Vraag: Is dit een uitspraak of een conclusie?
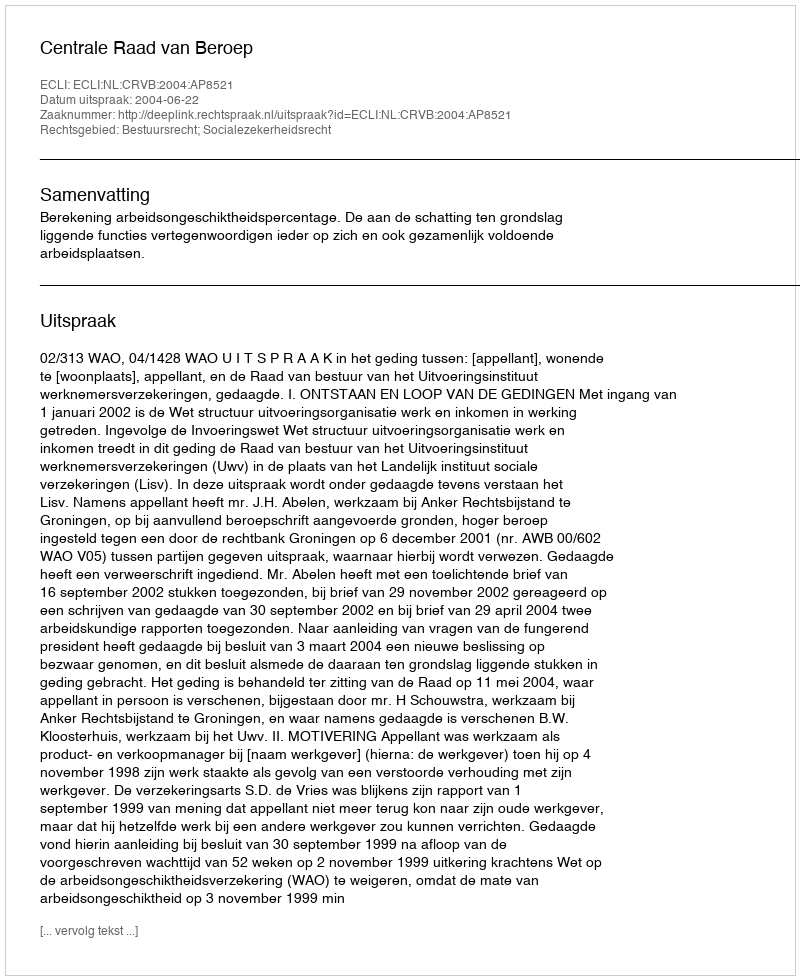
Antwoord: Uitspraak